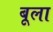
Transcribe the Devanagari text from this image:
बूला